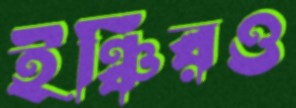
ইঞ্চিরও